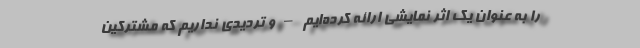
را به عنوان یک اثر نمایشی ارائه کرده‌ایم – و تردیدی نداریم که مشترکین